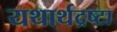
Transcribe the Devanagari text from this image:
यथार्थद्रष्टा